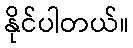
နိုင်ပါတယ်။